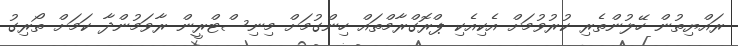
ރައްޔިތުން ހޭލުންތެރި ކުރުވުމަށް އެކިއެކި ޕްރޮގްރާމްތައް ހިންގުމަށް މިނިސްޓްރީން ރާވަމުންދާ ކަމަށް ތޯރިގު